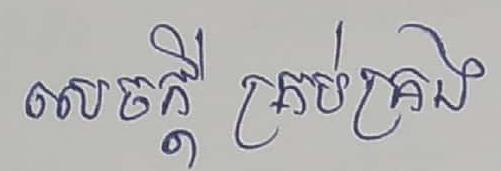
សេចក្ដី គ្រប់គ្រង